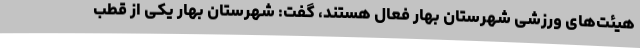
هیئت‌های ورزشی شهرستان بهار فعال هستند، گفت: شهرستان بهار یکی از قطب